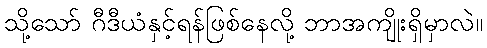
သို့သော် ဂီဒီယံနှင့်ရန်ဖြစ်နေလို့ ဘာအကျိုးရှိမှာလဲ။